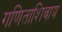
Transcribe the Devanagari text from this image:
गणिताशिवाय